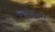
બજાના